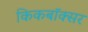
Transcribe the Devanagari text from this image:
किकबॉक्सर